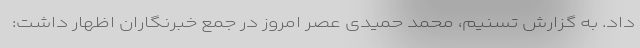
داد. به گزارش تسنیم، محمد حمیدی عصر امروز در جمع خبرنگاران اظهار داشت: